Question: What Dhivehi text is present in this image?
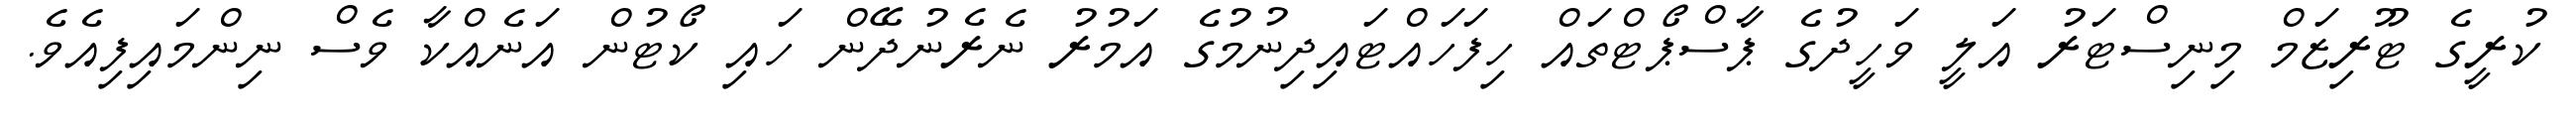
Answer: ކުރީގެ ޓޫރިޒަމް މިނިސްޓަރު އަލީ ވަހީދުގެ ޕާސްޕޯޓްތައް ހިފަހައްޓައިދިނުމުގެ އަމުރު ނެރެނުދޭން ހައި ކޯޓުން އަނެއްކާ ވެސް ނިންމައިފިއެވެ.